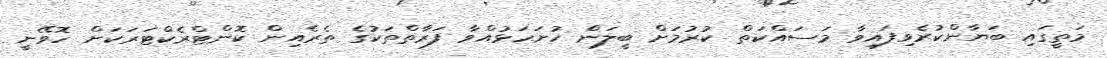
މަތީގައި ބަޔާންކުރެވިފައިވާ މަސައްކަތް ކުރުމަށް ބީލަން ހުށަހަޅުއްވާ ފަރާތްތަކުގެ ތެރެއިން ކޮންޓްރެކްޓަރަކަށް ހޮވޭނީ